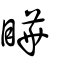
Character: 瞱